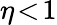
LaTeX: \eta\! <\! 1